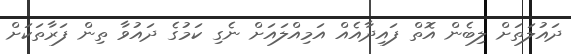
ދައުލަތަށް ލިބެން އޮތް ފައިދާއެއް އަމިއްލައަށް ނެގި ކަމުގެ ދައުވާ ތިން ފަރާތަކަށް